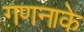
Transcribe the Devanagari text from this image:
गणनाके